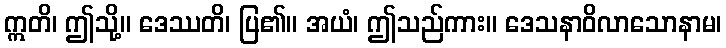
ဣတိ၊ ဤသို့။ ဒေဿတိ၊ ပြ၏။ အယံ၊ ဤသည်ကား။ ဒေသနာဝိလာသောနာမ၊